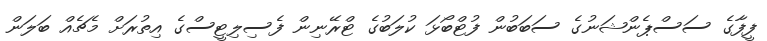
ފީފާގެ ސަސްޕެންޝަނުގެ ސަބަބުން ފުޓްބޯޅަ ކުލަބުގެ ޓްރޭނިން ފެސިލިޓީސްގެ އިތުރަށް މެޗެއް ބަލަން